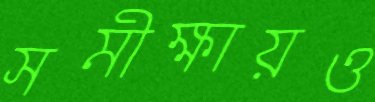
সমীক্ষায়ও